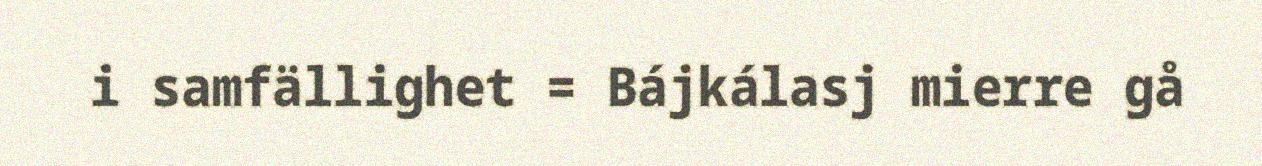
i samfällighet = Bájkálasj mierre gå